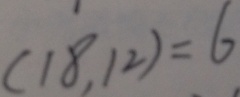
( 1 8 , 1 2 ) = 6